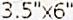
3.5"X6"